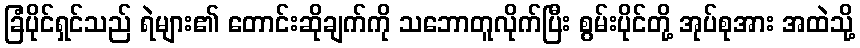
ခြံပိုင်ရှင်သည် ရဲများ၏ တောင်းဆိုချက်ကို သဘောတူလိုက်ပြီး စွမ်းပိုင်တို့ အုပ်စုအား အထဲသို့